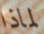
لماذا